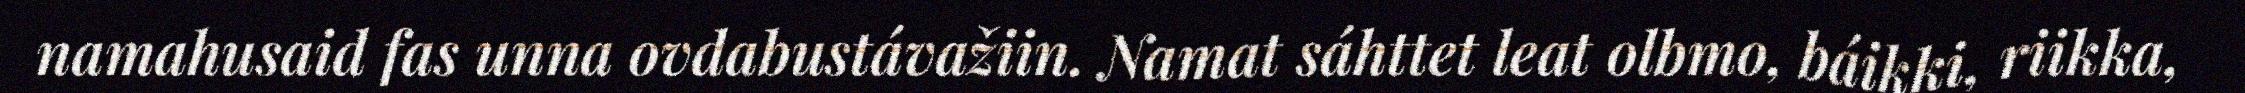
namahusaid fas unna ovdabustávažiin. Namat sáhttet leat olbmo, báikki, riikka,